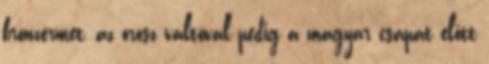
bronzérmet, az orosz váltóval pedig a magyar csapat előtt